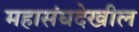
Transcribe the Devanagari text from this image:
महासंघदेखील